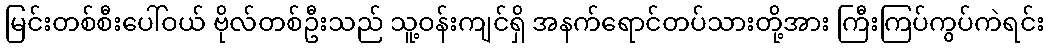
မြင်းတစ်စီးပေါ်ဝယ် ဗိုလ်တစ်ဦးသည် သူ့ဝန်းကျင်ရှိ အနက်ရောင်တပ်သားတို့အား ကြီးကြပ်ကွပ်ကဲရင်း